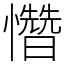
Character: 㦧